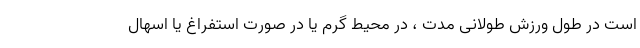
است در طول ورزش طولانی مدت ، در محیط گرم یا در صورت استفراغ یا اسهال